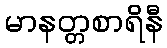
မာနတ္တစာရိနီ